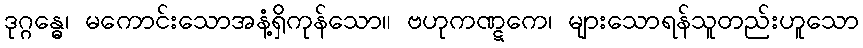
ဒုဂ္ဂန္ဓေ၊ မကောင်းသောအနံ့ရှိကုန်သော။ ဗဟုကဏ္ဋကေ၊ များသောရန်သူတည်းဟူသော